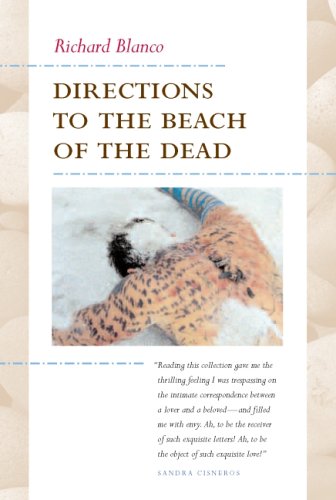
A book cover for Directions to the Beach of the Dead (Camino del Sol); Richard Blanco; Gay & Lesbian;